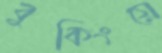
বুকিংয়ে